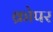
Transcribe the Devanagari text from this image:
क्रोपर